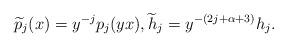
LaTeX: \begin{align*}\widetilde{p}_j(x) = y^{-j} p_j(yx), \widetilde{h}_j = y^{-(2j+\alpha+3)} h_j.\end{align*}